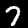
Digit: 7